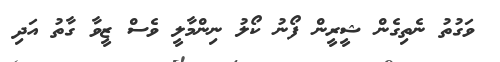
ވަގުތު ނެތިގެން ޝީރީން ފޯނު ކޯލު ނިންމާލީ ވެސް ޒީވާ ގާތު އަދި